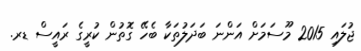
ޖުލައި 2015 މޫސަމަށް އަންނަ ބަދަލުތަކާ ބެހޭ ގޮތުން ކުރީގެ ރައީސް ޑރ.